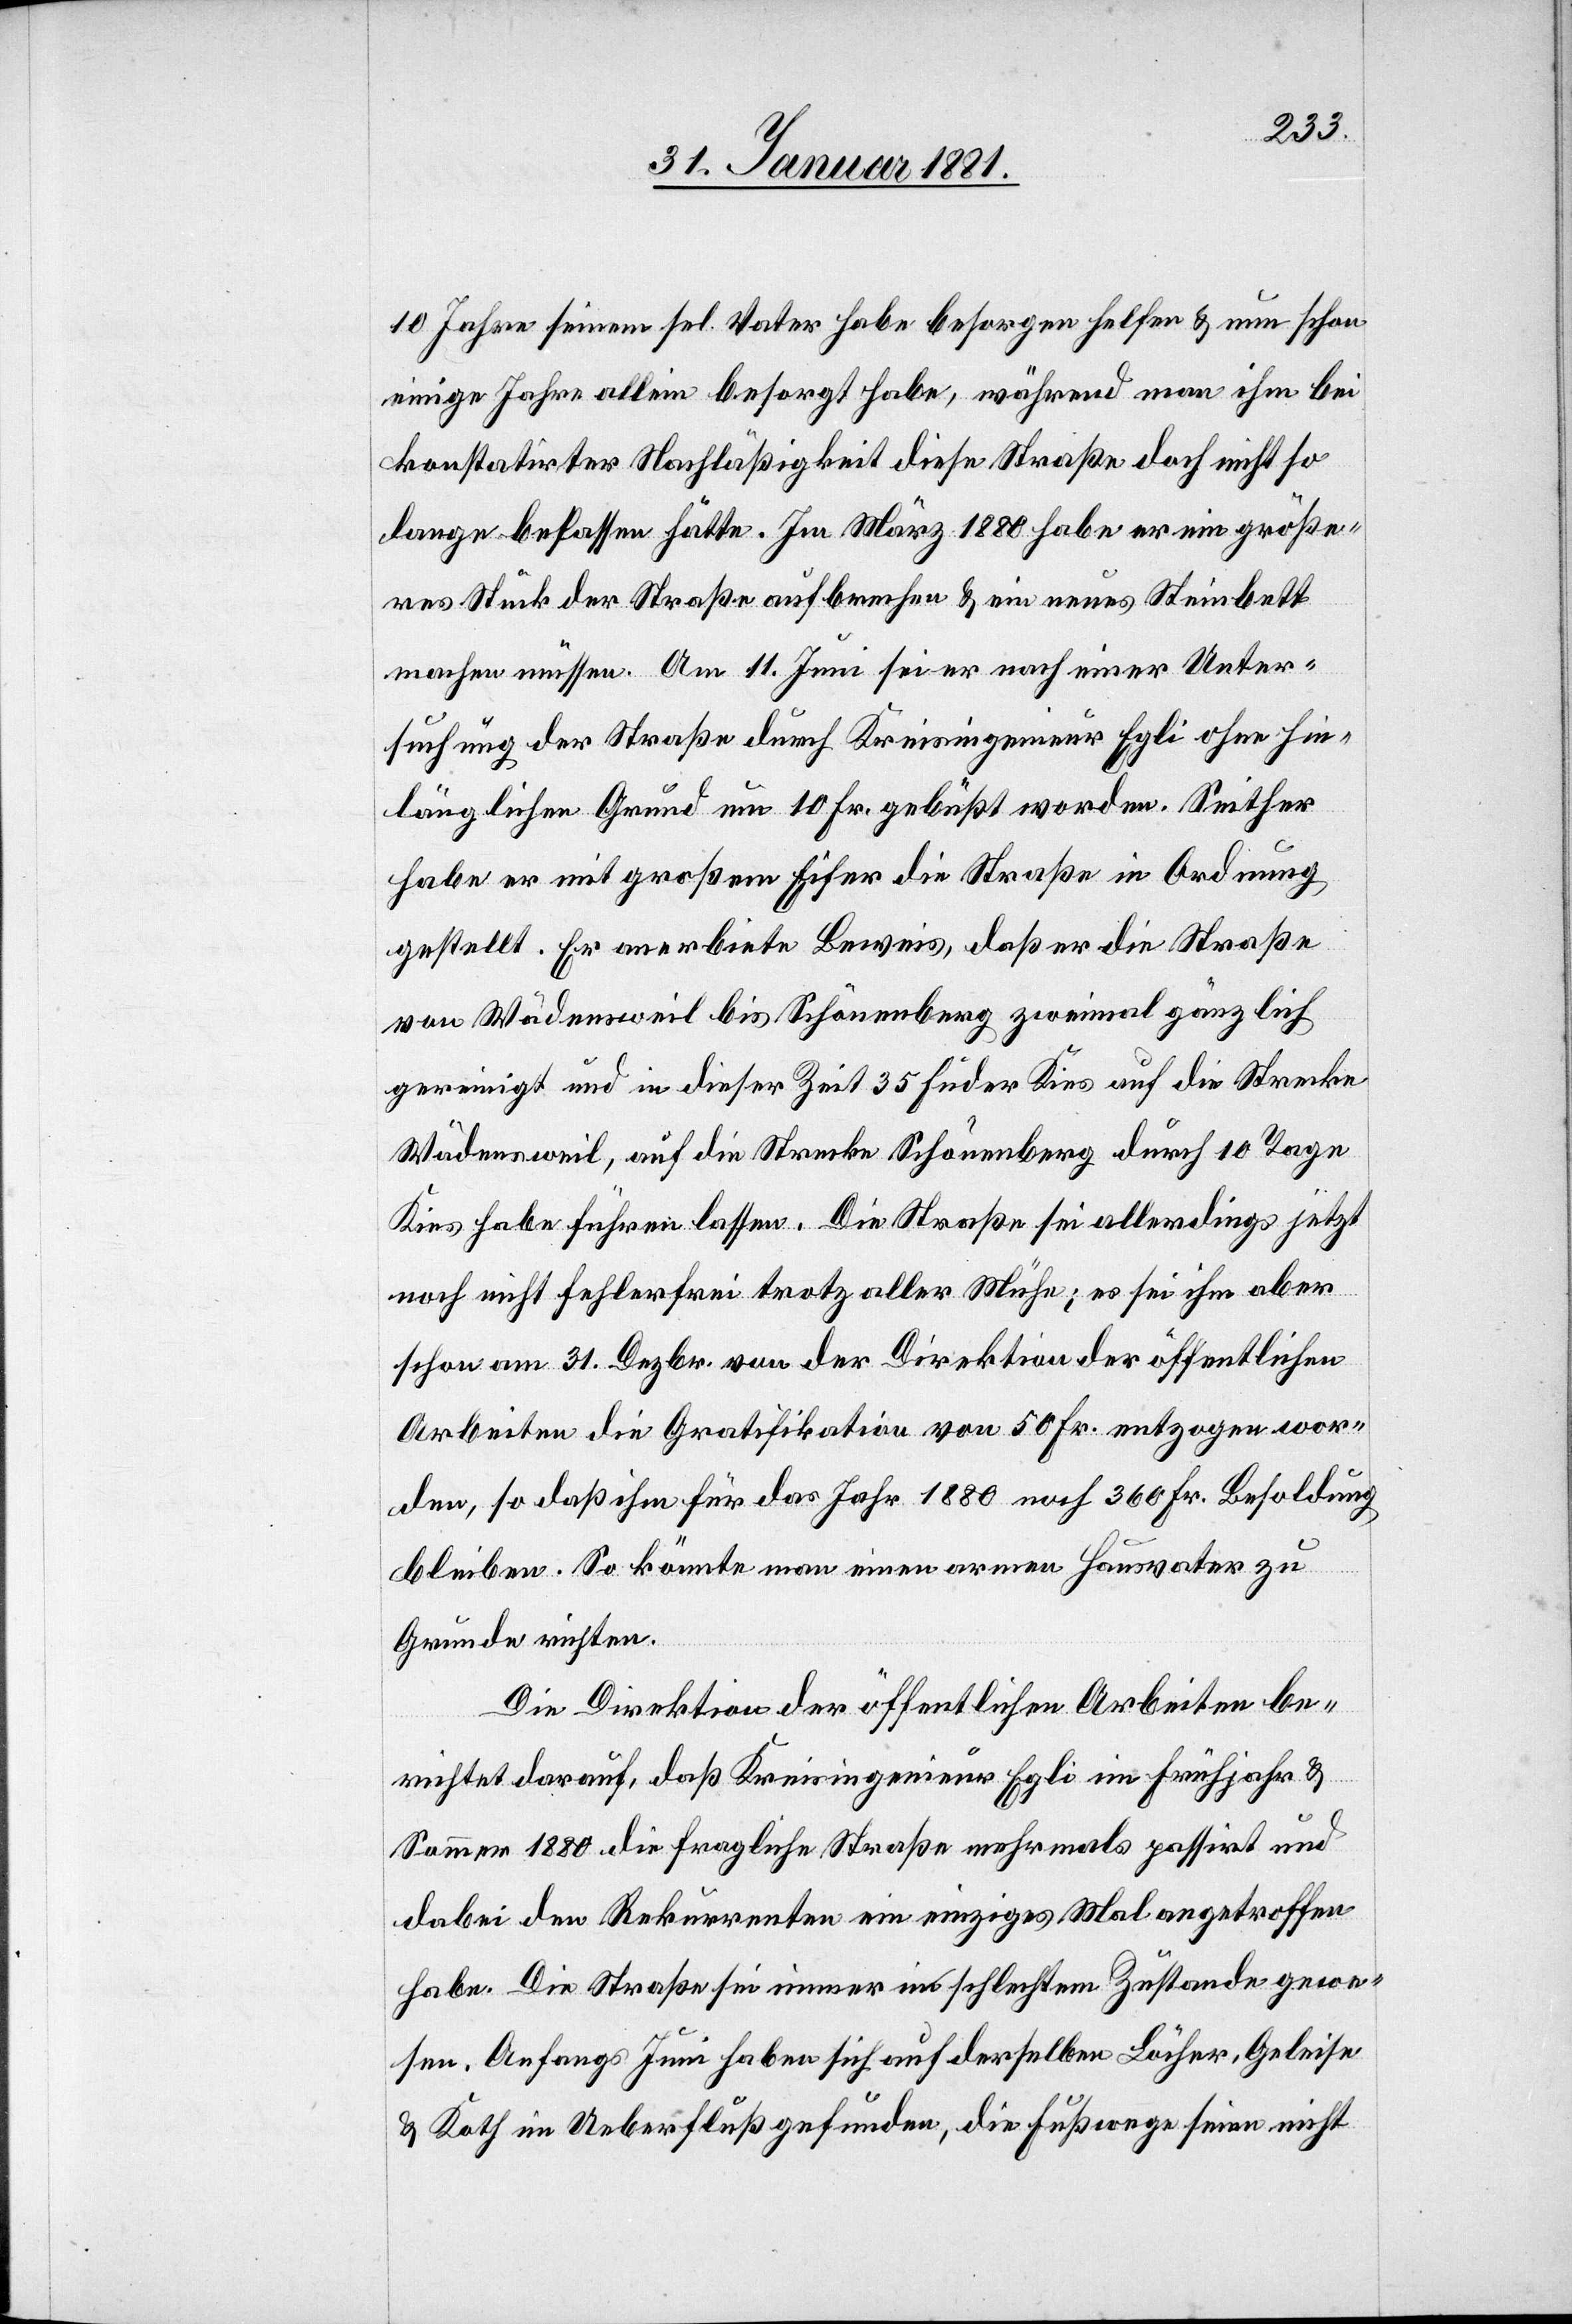
10 Jahre seinem sel. Vater habe besorgen helfen & nun schon
einige Jahre allein besorgt habe, während man ihm bei
konstatirter Nachläßigkeit diese Straße doch nicht so
lange belassen hätte. Im März 1880 habe er ein größe¬
res Stück der Straße aufbrechen & ein neues Steinbett
machen müssen. Am 11. Juni sei er nach einer Unter¬
suchung der Straße durch Kreisingenieur Egli ohne hin¬
länglichen Grund um 10 Fr. gebüßt worden. Seither
habe er mit großem Eifer die Straße in Ordnung
gestellt. Er anerbiete Beweis, daß er die Straße
von Wädensweil bis Schönenberg zweimal gänzlich
gereinigt und in dieser Zeit 35 Fuder Kies auf die Strecke
Wädensweil, auf die Strecke Schönenberg durch 10 Tage
Kies habe führen lassen. Die Straße sei allerdings jetzt
noch nicht fehlerfrei trotz aller Mühe; es sei ihm aber
schon am 31. Dezbr. von der Direktion der öffentlichen
Arbeiten die Gratifikation von 50 Fr. entzogen wor¬
den, so daß ihm für das Jahr 1880 noch 360 Fr. Besoldung
bleiben. So könnte man einen armen Hausvater zu
Grunde richten.
Die Direktion der öffentlichen Arbeiten be¬
richtet darauf, daß Kreisingenieur Egli im Frühjahr &
Sommer 1880 die fragliche Straße mehrmals passirt und
dabei den Rekurrenten ein einziges Mal angetroffen
habe. Die Straße sei immer in schlechtem Zustande gewe¬
sen. Anfangs Juni haben sich auf derselben Löcher, Geleise
& Koth im Ueberfluß gefunden, die Fußwege seien nicht